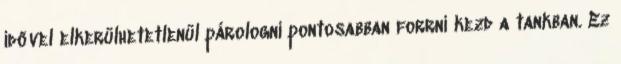
idővel elkerülhetetlenül párologni pontosabban forrni kezd a tankban. Ez